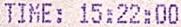
TIME: 15:22:00